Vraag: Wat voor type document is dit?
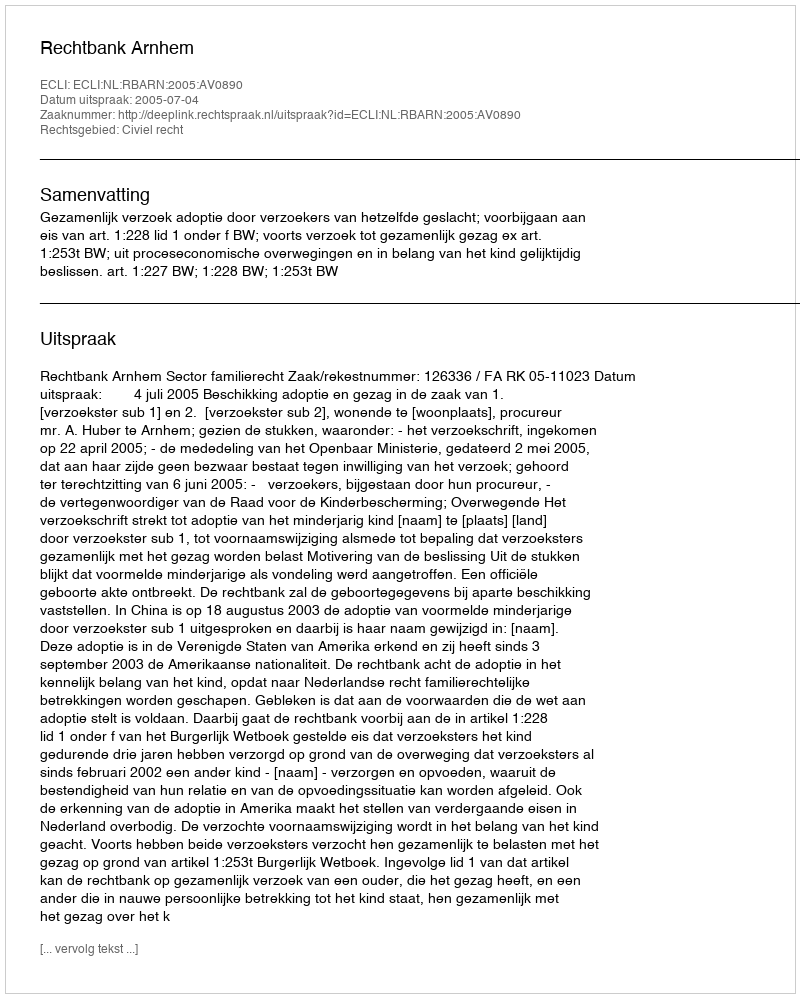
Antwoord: Uitspraak